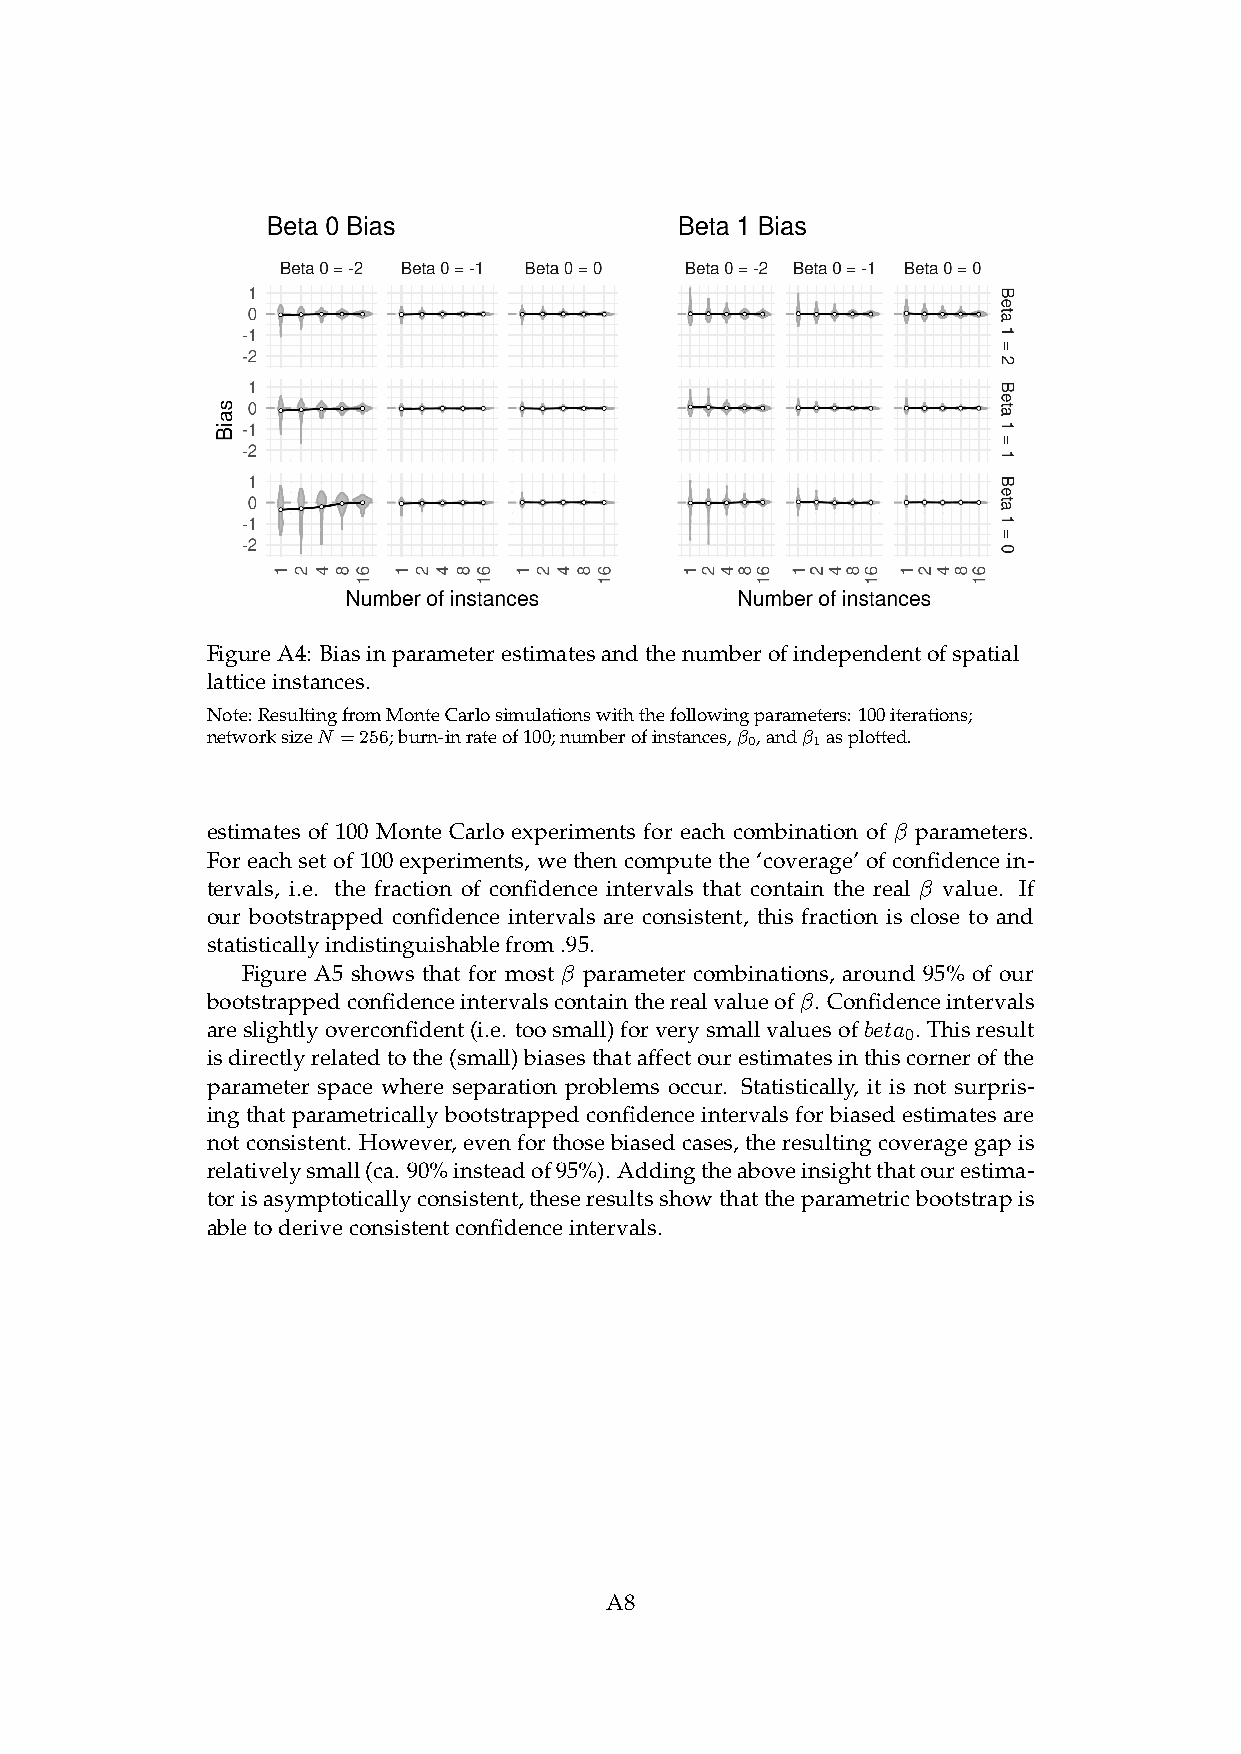
FigureA4: Biasinparameterestimatesandthenumberofindependentofspatial
 latticeinstances.
 Note:ResultingfromMonteCarlosimulationswiththefollowingparameters:100iterations;
 networksizeN =256;burn-inrateof100;numberofinstances,β 0,andβ 1asplotted.
 estimates of 100 Monte Carlo experiments for each combination of β parameters.
 For each set of 100 experiments, we then compute the ‘coverage’ of confidence in-
 tervals, i.e. the fraction of confidence intervals that contain the real β value. If
 our bootstrapped confidence intervals are consistent, this fraction is close to and
 statisticallyindistinguishablefrom.95.
 Figure A5 shows that for most β parameter combinations, around 95% of our
 bootstrappedconfidenceintervalscontaintherealvalueofβ. Confidenceintervals
 areslightlyoverconfident(i.e. toosmall)forverysmallvaluesofbeta . Thisresult
 0
 isdirectlyrelatedtothe(small)biasesthataffectourestimatesinthiscornerofthe
 parameter space where separation problems occur. Statistically, it is not surpris-
 ing that parametrically bootstrapped confidence intervals for biased estimates are
 notconsistent. However,evenforthosebiasedcases,theresultingcoveragegapis
 relativelysmall(ca. 90%insteadof95%). Addingtheaboveinsightthatourestima-
 torisasymptoticallyconsistent,theseresultsshowthattheparametricbootstrapis
 abletoderiveconsistentconfidenceintervals.
 A8